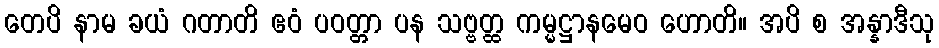
တေပိ နာမ ခယံ ဂတာတိ ဧဝံ ပဝတ္တာ ပန သဗ္ဗတ္ထ ကမ္မဋ္ဌာနမေဝ ဟောတိ။ အပိ စ အန္နာဒီသု